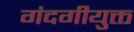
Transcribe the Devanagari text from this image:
गंदगीयुक्त